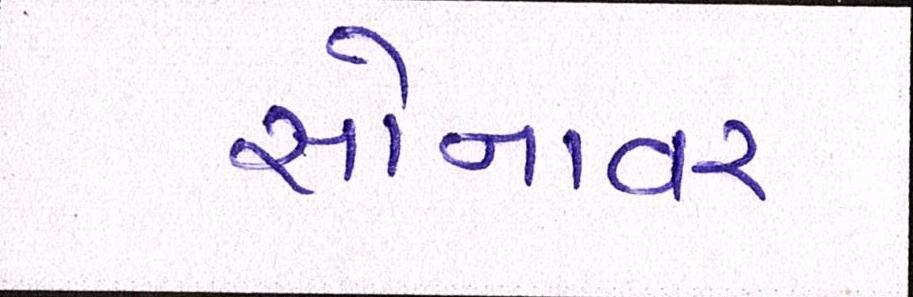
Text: સોનાવર